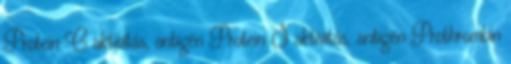
Protein C aktivitás, antigén Protein S aktivitás, antigén Prothrombin